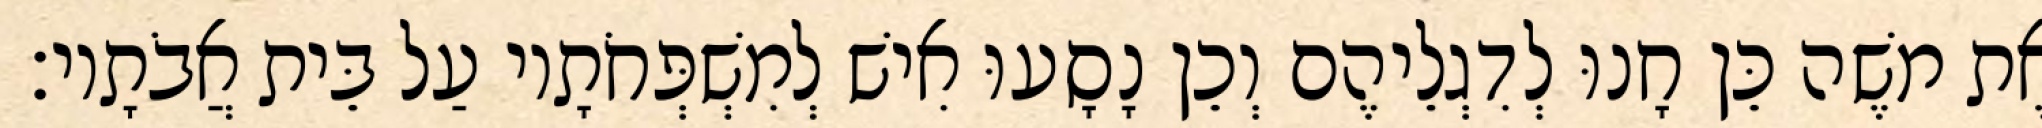
אֶת משֶׁה כֵּן חָנוּ לְדִגְלֵיהֶם וְכֵן נָסָעוּ אִישׁ לְמִשְׁפְּחֹתָיו עַל בֵּית אֲבֹתָיו׃